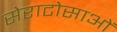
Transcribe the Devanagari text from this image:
सेराटोसाओं